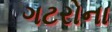
ગટરોના